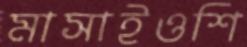
মাসাইওশি